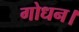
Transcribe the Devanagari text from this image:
गोधन।